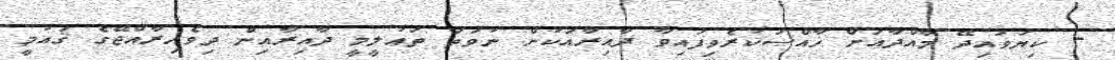
- ކިޔަވައިދޭ މާއްދާއަށް ޚާއްޞަކުރެވިފައިވާ ދާއިރާއަކުން ނުވަތަ ތަޢުލީމީ ދާއިރާއިން ދިވެހިރާއްޖޭގެ ޤައުމީ